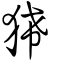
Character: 狶